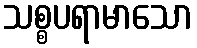
သစ္စပရာမာသော